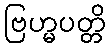
ဗြဟ္မပတ္တိ